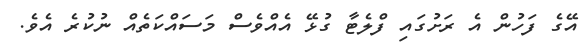
އޭގެ ފަހުން އެ ރަށުގައި ފްލެޓާ ގުޅޭ އެއްވެސް މަސައްކަތެއް ނުކުރެ އެވެ.